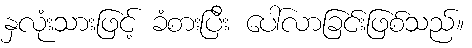
နှလုံးသားဖြင့် ခံစားပြီး ပေါ်လာခြင်းဖြစ်သည်။